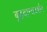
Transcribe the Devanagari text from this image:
बृहदान्त्रदर्शन